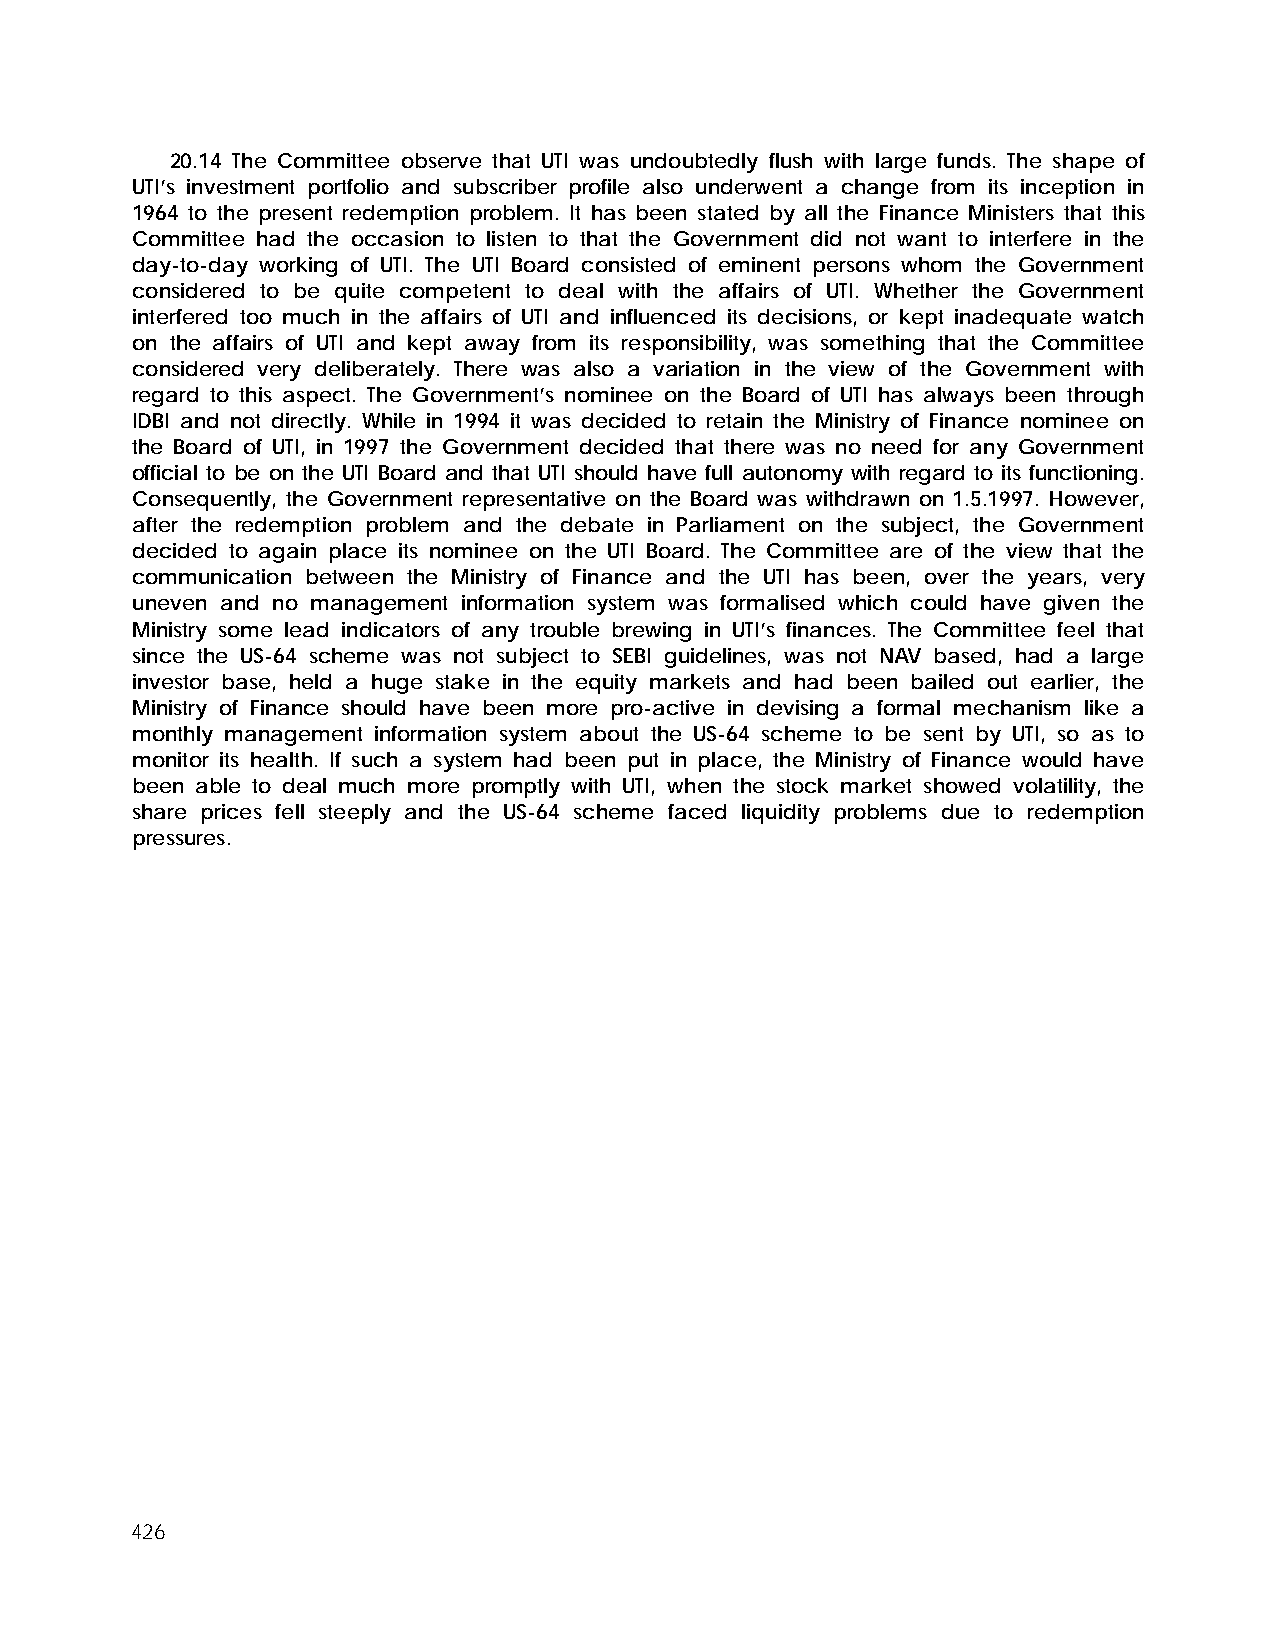
20.14 The Committee observe that UTI was undoubtedly flush with large funds. The shape of
 UTI’s investment portfolio and subscriber profile also underwent a change from its inception in
 1964 to the present redemption problem. It has been stated by all the Finance Ministers that this
 Committee had the occasion to listen to that the Government did not want to interfere in the
 day-to-day working of UTI. The UTI Board consisted of eminent persons whom the Government
 considered to be quite competent to deal with the affairs of UTI. Whether the Government
 interfered too much in the affairs of UTI and influenced its decisions, or kept inadequate watch
 on the affairs of UTI and kept away from its responsibility, was something that the Committee
 considered very deliberately. There was also a variation in the view of the Government with
 regard to this aspect. The Government’s nominee on the Board of UTI has always been through
 IDBI and not directly. While in 1994 it was decided to retain the Ministry of Finance nominee on
 the Board of UTI, in 1997 the Government decided that there was no need for any Government
 official to be on the UTI Board and that UTI should have full autonomy with regard to its functioning.
 Consequently, the Government representative on the Board was withdrawn on 1.5.1997. However,
 after the redemption problem and the debate in Parliament on the subject, the Government
 decided to again place its nominee on the UTI Board. The Committee are of the view that the
 communication between the Ministry of Finance and the UTI has been, over the years, very
 uneven and no management information system was formalised which could have given the
 Ministry some lead indicators of any trouble brewing in UTI’s finances. The Committee feel that
 since the US-64 scheme was not subject to SEBI guidelines, was not NAV based, had a large
 investor base, held a huge stake in the equity markets and had been bailed out earlier, the
 Ministry of Finance should have been more pro-active in devising a formal mechanism like a
 monthly management information system about the US-64 scheme to be sent by UTI, so as to
 monitor its health. If such a system had been put in place, the Ministry of Finance would have
 been able to deal much more promptly with UTI, when the stock market showed volatility, the
 share prices fell steeply and the US-64 scheme faced liquidity problems due to redemption
 pressures.
 426